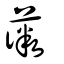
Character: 薇